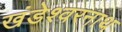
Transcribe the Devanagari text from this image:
खंडेश्वरनाथ